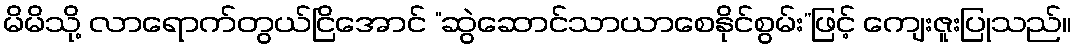
မိမိသို့ လာရောက်တွယ်ငြိအောင် “ဆွဲဆောင်သာယာစေနိုင်စွမ်း”ဖြင့် ကျေးဇူးပြုသည်။